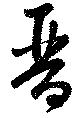
晋